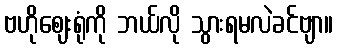
ဗဟိုဈေးရုံကို ဘယ်လို သွားရမလဲခင်ဗျာ။